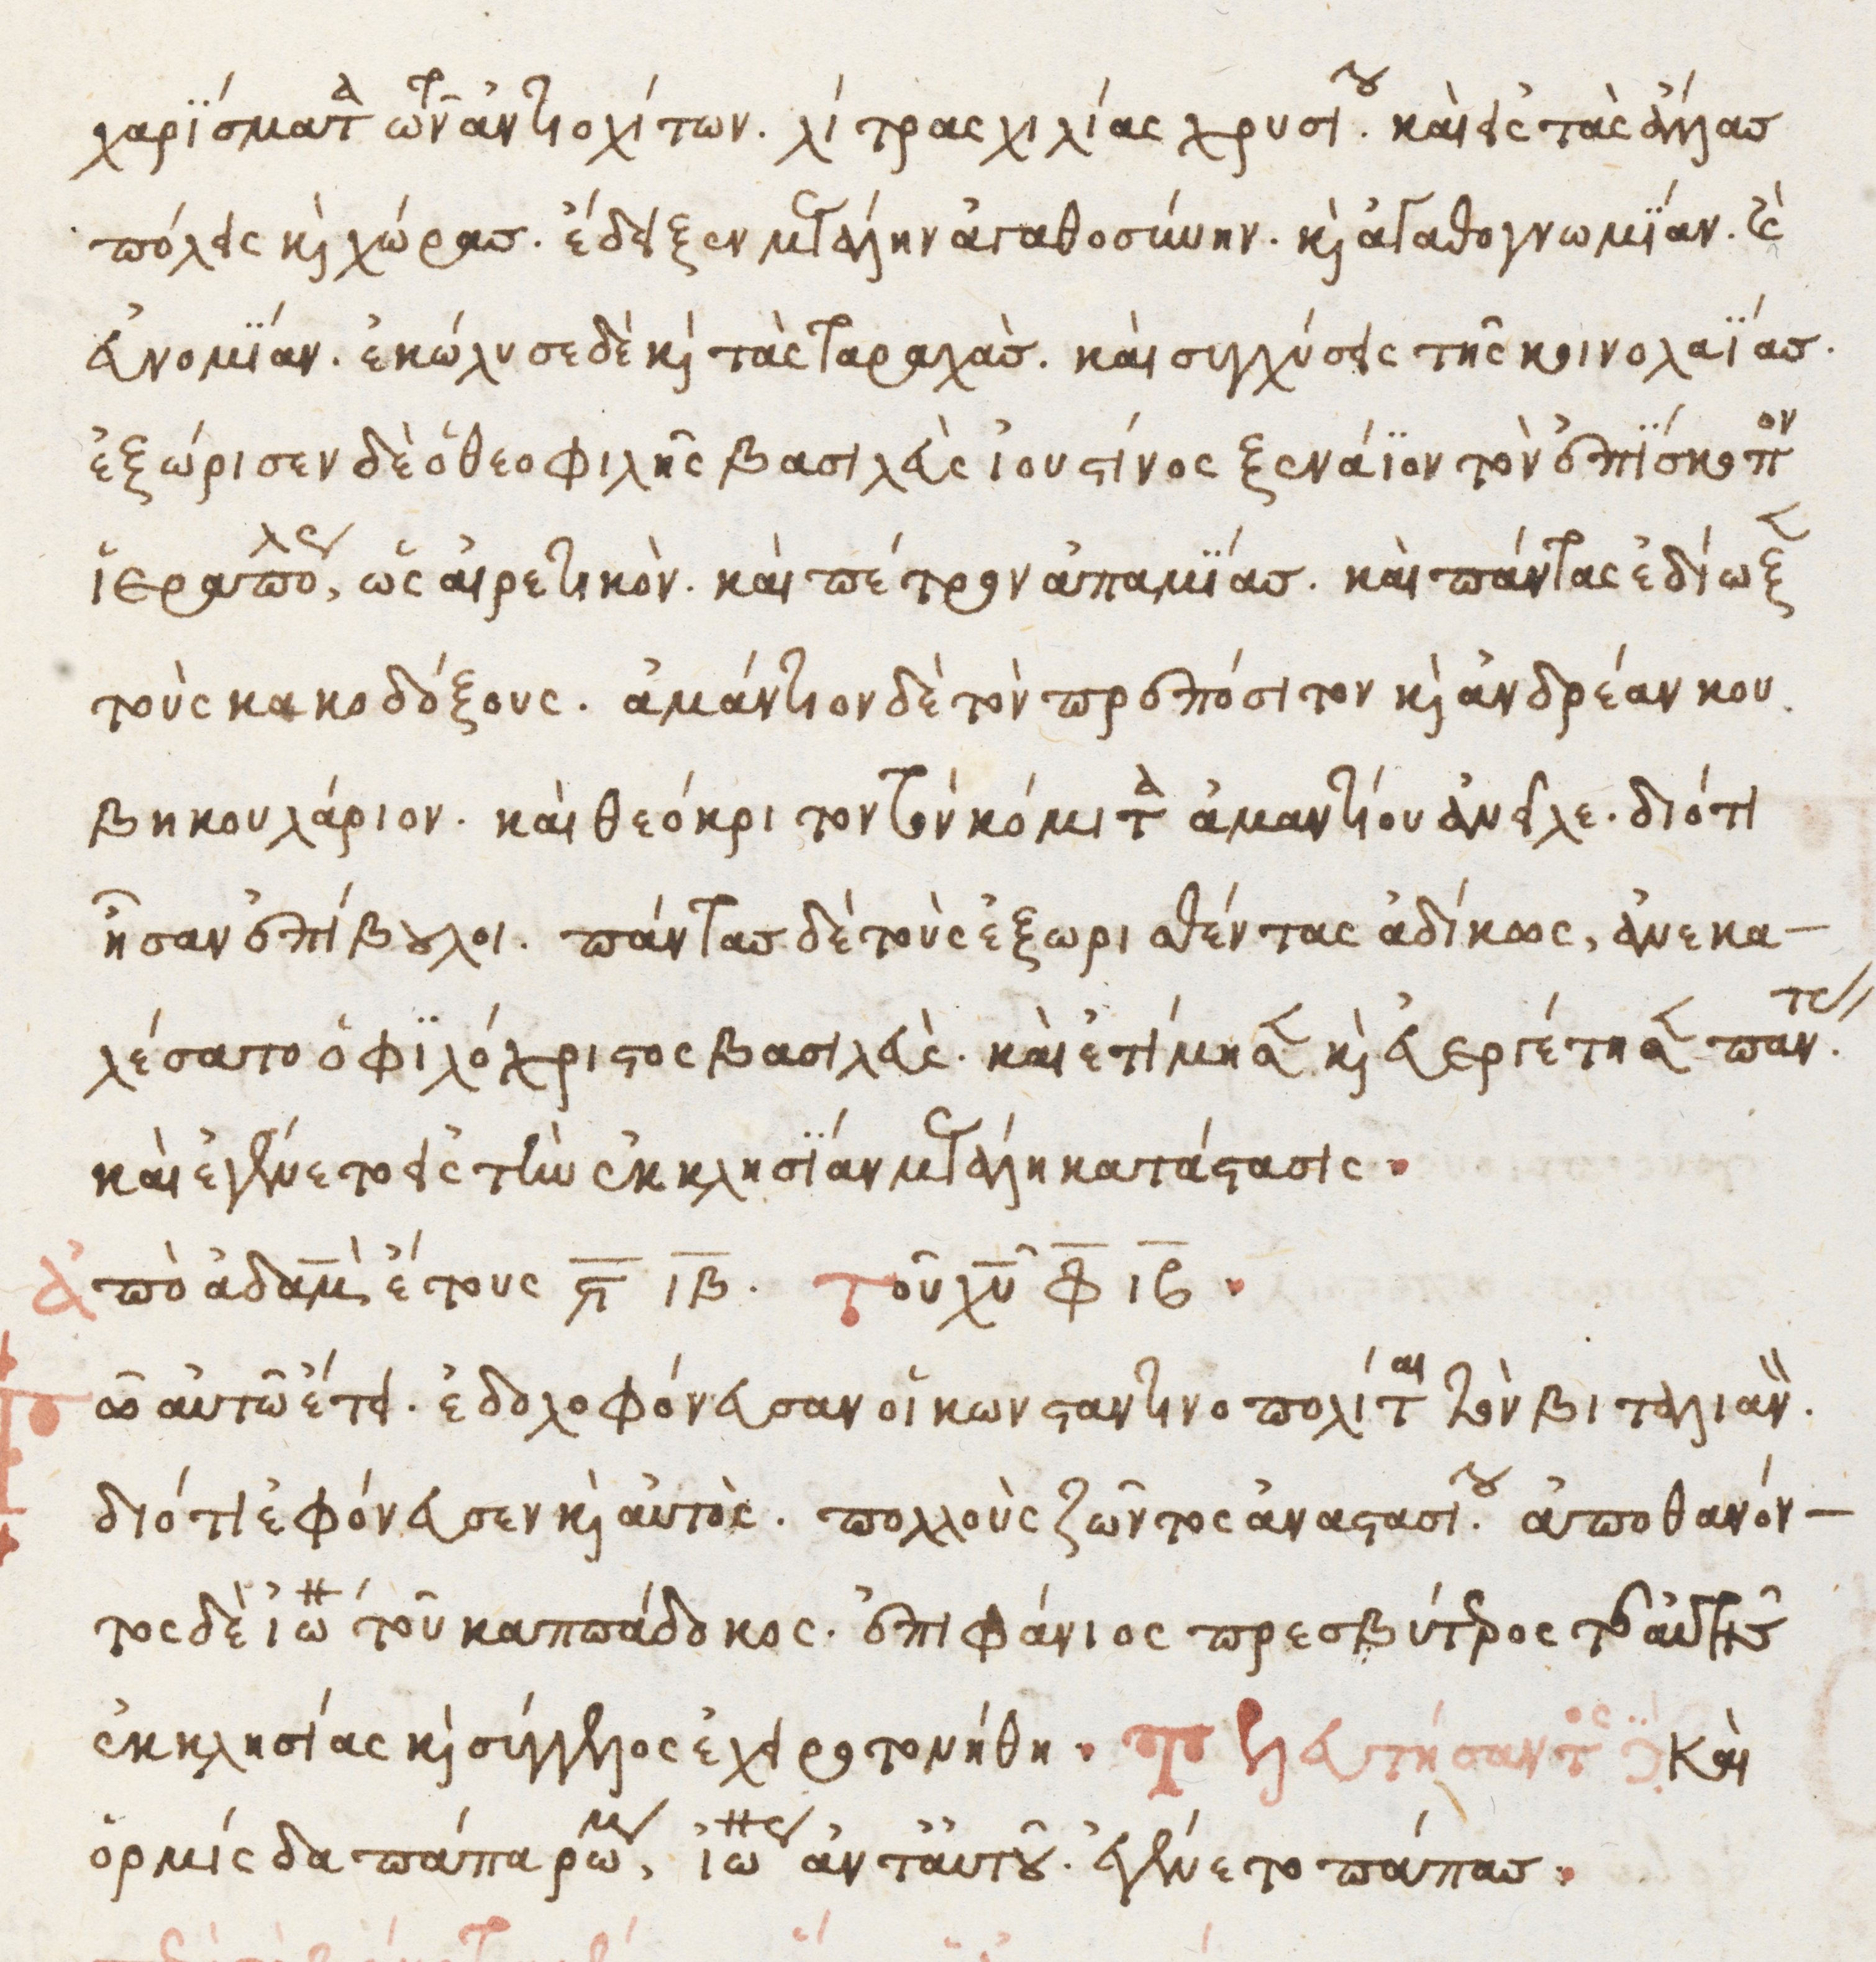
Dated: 1525–1549